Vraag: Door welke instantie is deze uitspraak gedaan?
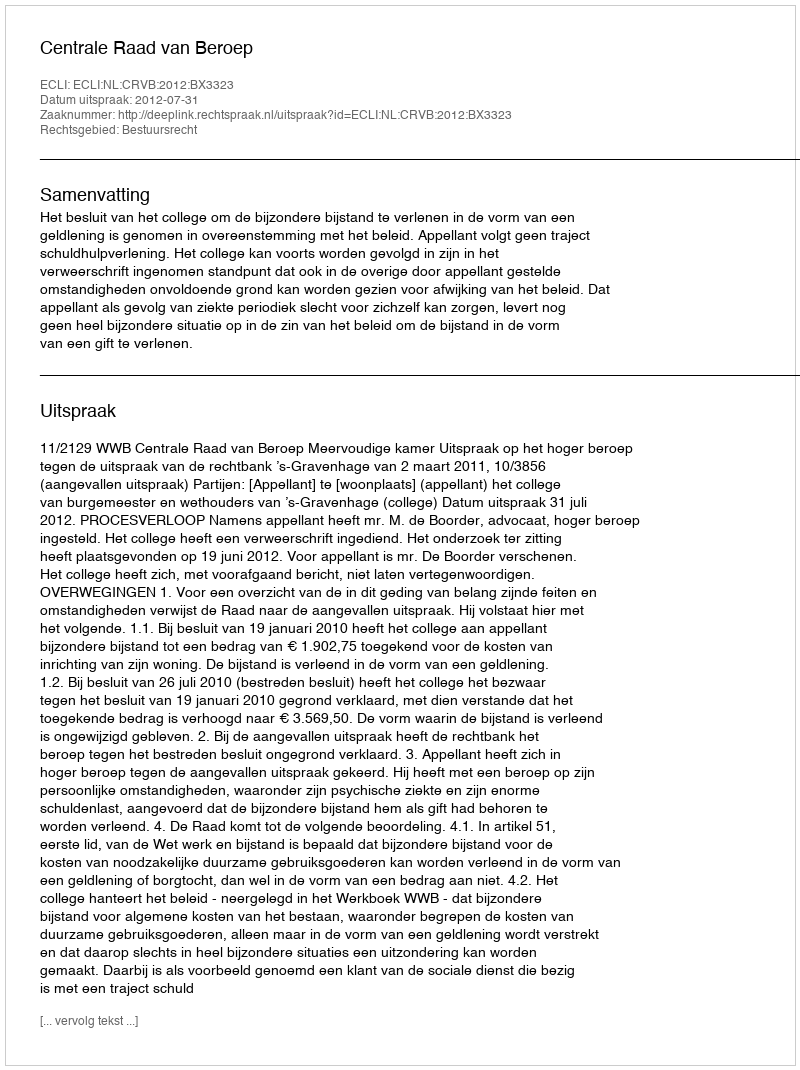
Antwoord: Centrale Raad van Beroep